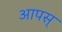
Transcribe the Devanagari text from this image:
आपस्‌